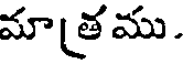
మాత్రము.